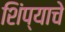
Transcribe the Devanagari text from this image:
शिंप्याचे